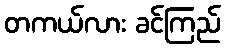
တကယ်လား ခင်ကြည်